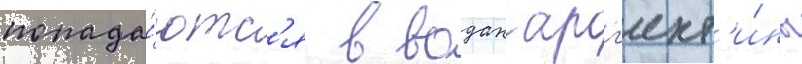
попада́ютс'я в водах арг'ент'и́ны